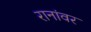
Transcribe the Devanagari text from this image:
रानांवर